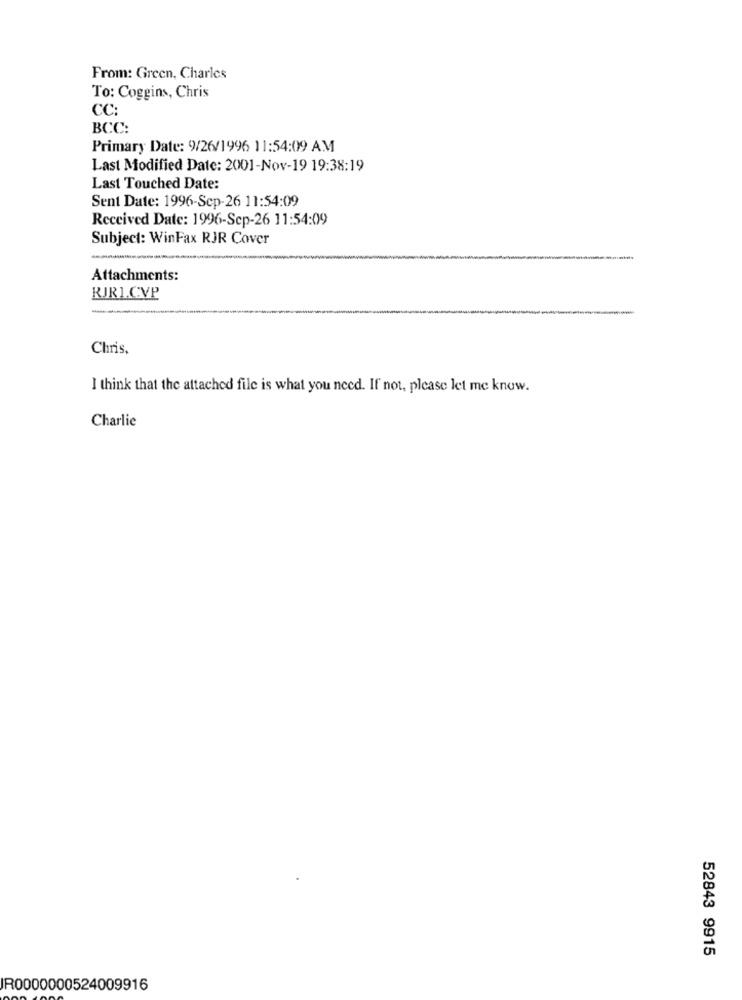
From: Green, Charles
To: Coggins, Chris
CC:
BCC:
Primary Date: 9/26/1996 11:54:09 AM
Last Modified Date: 2001-Nov-19 19:38:19
Last Touched Date:
Sent Date: 1996-Sep-26 11:54:09
Received Date: 1996-Sep-26 11:54:09
Subject: WinFax RJR Cover
Attachments:
RJRI.CVP
Chris,
I think that the attached file is what you need. If not, please let me know.
Charlie
52843 9915
R0000000524009916